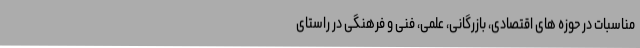
مناسبات در حوزه های اقتصادی،‌ بازرگانی،‌ علمی،‌ فنی و فرهنگی در راستای